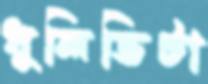
ধুলিভিটা